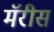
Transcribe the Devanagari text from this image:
मॅरीस